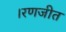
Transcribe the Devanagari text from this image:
।रणजीत